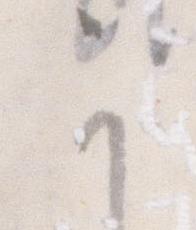
か